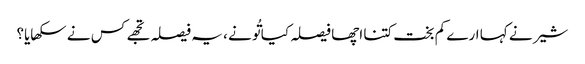
شیر نے کہا ارے کم بخت کتنا اچھا فیصلہ کیا تُو نے ، یہ فیصلہ تجھے کس نے سکھایا؟